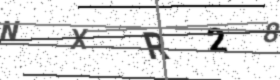
Text: NXR28